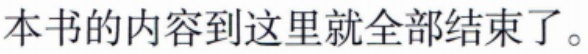
本书的内容到这里就全部结束了。